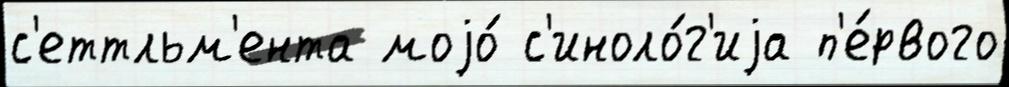
с'еттльм'ента моjо́ с'иноло́г'иjа п'е́рвого